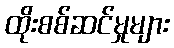
ထိုးစစ်ဆင်မှုများ